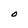
Character: O